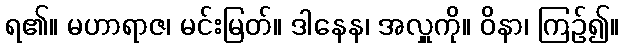
ရ၏။ မဟာရာဇ၊ မင်းမြတ်။ ဒါနေန၊ အလှူကို။ ဝိနာ၊ ကြဉ်၍။